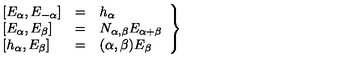
\left. \begin{array} { l c l } { \left[ E _ { \alpha } , E _ { - \alpha } \right] } & { = } & { h _ { \alpha } } \\ { \left[ E _ { \alpha } , E _ { \beta } \right] } & { = } & { N _ { \alpha , \beta } E _ { \alpha + \beta } } \\ { \left[ h _ { \alpha } , E _ { \beta } \right] } & { = } & { ( \alpha , \beta ) E _ { \beta } } \\ \end{array} \right\}